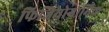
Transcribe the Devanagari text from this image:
फिजियोग्नामिक